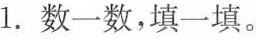
1.数一数，填一填。